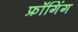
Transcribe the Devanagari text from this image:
फ्रॉगिंग